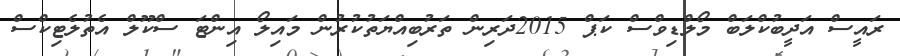
ރައީސް އަދީބުކްލަބް މޯލްޑިވްސް ކަޕް 2015ދަރިން ތަރުބިއްޔަތުކުރުން މައިލޯ އިންޓަ ސްކޫލް އެތުލެޓިކްސް